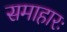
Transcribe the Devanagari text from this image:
समाहारः